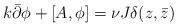
LaTeX: \begin{align*}k\bar{\partial}\phi+[A,\phi]=\nu J \delta(z,\bar{z})\end{align*}